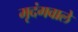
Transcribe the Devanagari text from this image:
मृदंगवाले